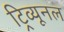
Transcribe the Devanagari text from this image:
ट्रिव्यूनल